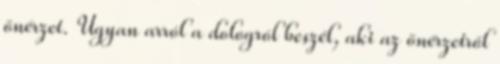
önérzet. Ugyan arról a dologról beszél, aki az önérzetről